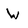
Character: W